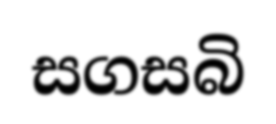
සගසබි